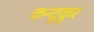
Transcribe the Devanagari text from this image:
कन्दुकुर